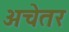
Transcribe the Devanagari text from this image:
अचेतर